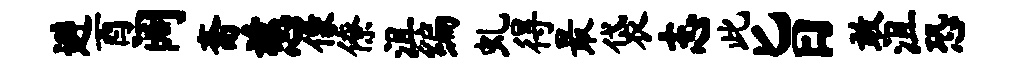
避酉阔斋慈像僚沮编虬得最袋志此旨敢沮恐